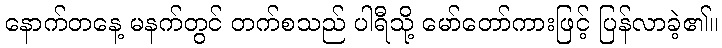
နောက်တနေ့ မနက်တွင် တက်စသည် ပါရီသို့ မော်တော်ကားဖြင့် ပြန်လာခဲ့၏။